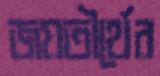
জয়তীর্থের